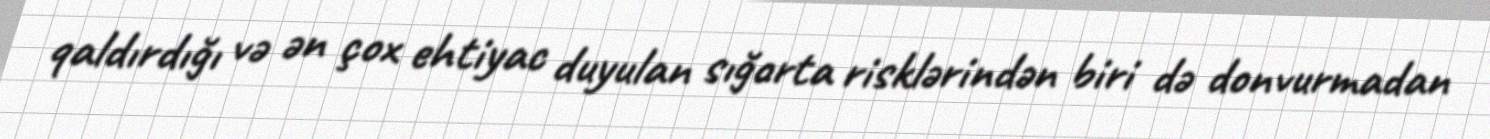
qaldırdığı və ən çox ehtiyac duyulan sığorta risklərindən biri də donvurmadan